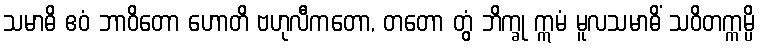
သမာဓိ ဧဝံ ဘာဝိတော ဟောတိ ဗဟုလီကတော, တတော တွံ ဘိက္ခု ဣမံ မူလသမာဓိံ သဝိတက္ကမ္ပိ